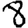
Digit: 8